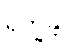
ရက္ခန္တိ